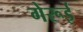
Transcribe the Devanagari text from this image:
गेरूई